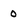
Character: 0